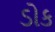
ડોક